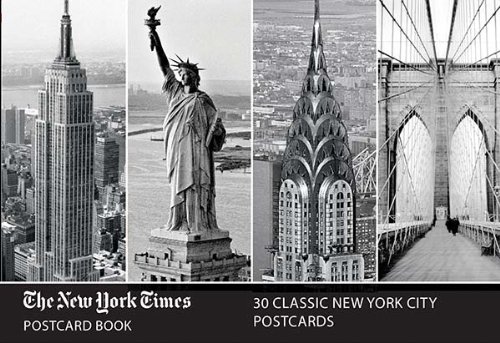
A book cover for NY Times Postcard Book; Galison; Arts & Photography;